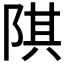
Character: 𨺌